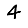
Digit: 4